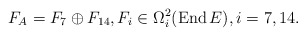
\begin{gather*}F_A=F_{7}\oplus F_{14},F_{i}\in \Omega_{i}^{2} (\operatorname{End}E ),i=7,14.\end{gather*}